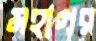
মহাগর